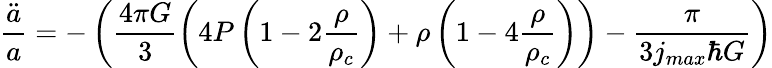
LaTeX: \frac{\ddot{a}}{a}=-\left(\frac{4\pi G}{3}\left(4P\left(1-2\frac{\rho}{\rho_{c}}\right)+\rho\left(1-4\frac{\rho}{\rho_{c}}\right)\right)-\frac{\pi}{3j_{max}\hbar G}\right)